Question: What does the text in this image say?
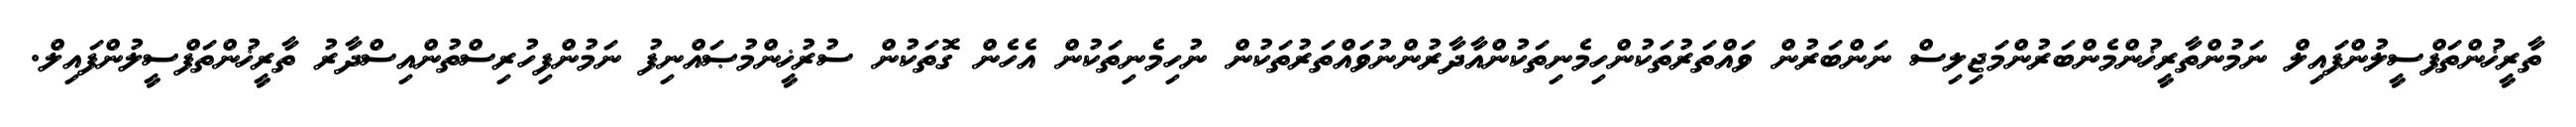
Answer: ތާރީޚުންތަފްސީލުންފައިލް ނަމުންތާރީޚުންމެންބަރުންމަޖިލިސް ނަންބަރުން ވައްތަރުތަކުންހިމެނިތަކުންއާދާރުންނުވައްތަރުތަކުން ނުހިމެނިތަކުން އެހެން ގޮތަކުން ސުރުޚީންމުޞައްނިފު ނަމުންފިހުރިސްތުންއިސްދާރު ތާރީޚުންތަފްސީލުންފައިލް.